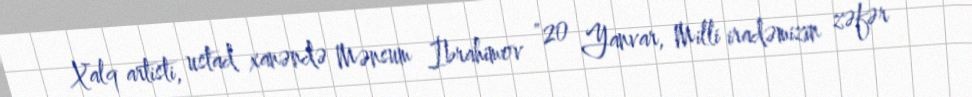
Xalq artisti, ustad xanəndə Mənsum İbrahimov "20 Yanvar, Milli iradəmizin zəfər